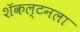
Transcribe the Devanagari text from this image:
शॅकल्टनला